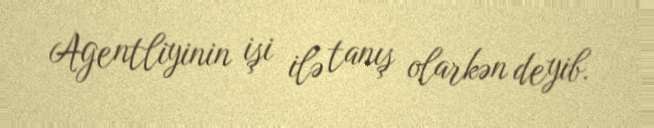
Agentliyinin işi ilə tanış olarkən deyib.